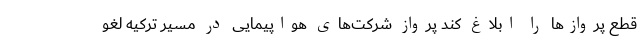
قطع پروازها را ابلاغ کند پرواز شرکت‌های هواپیمایی در مسیر ترکیه لغو